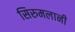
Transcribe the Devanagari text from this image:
सिरुमलानी